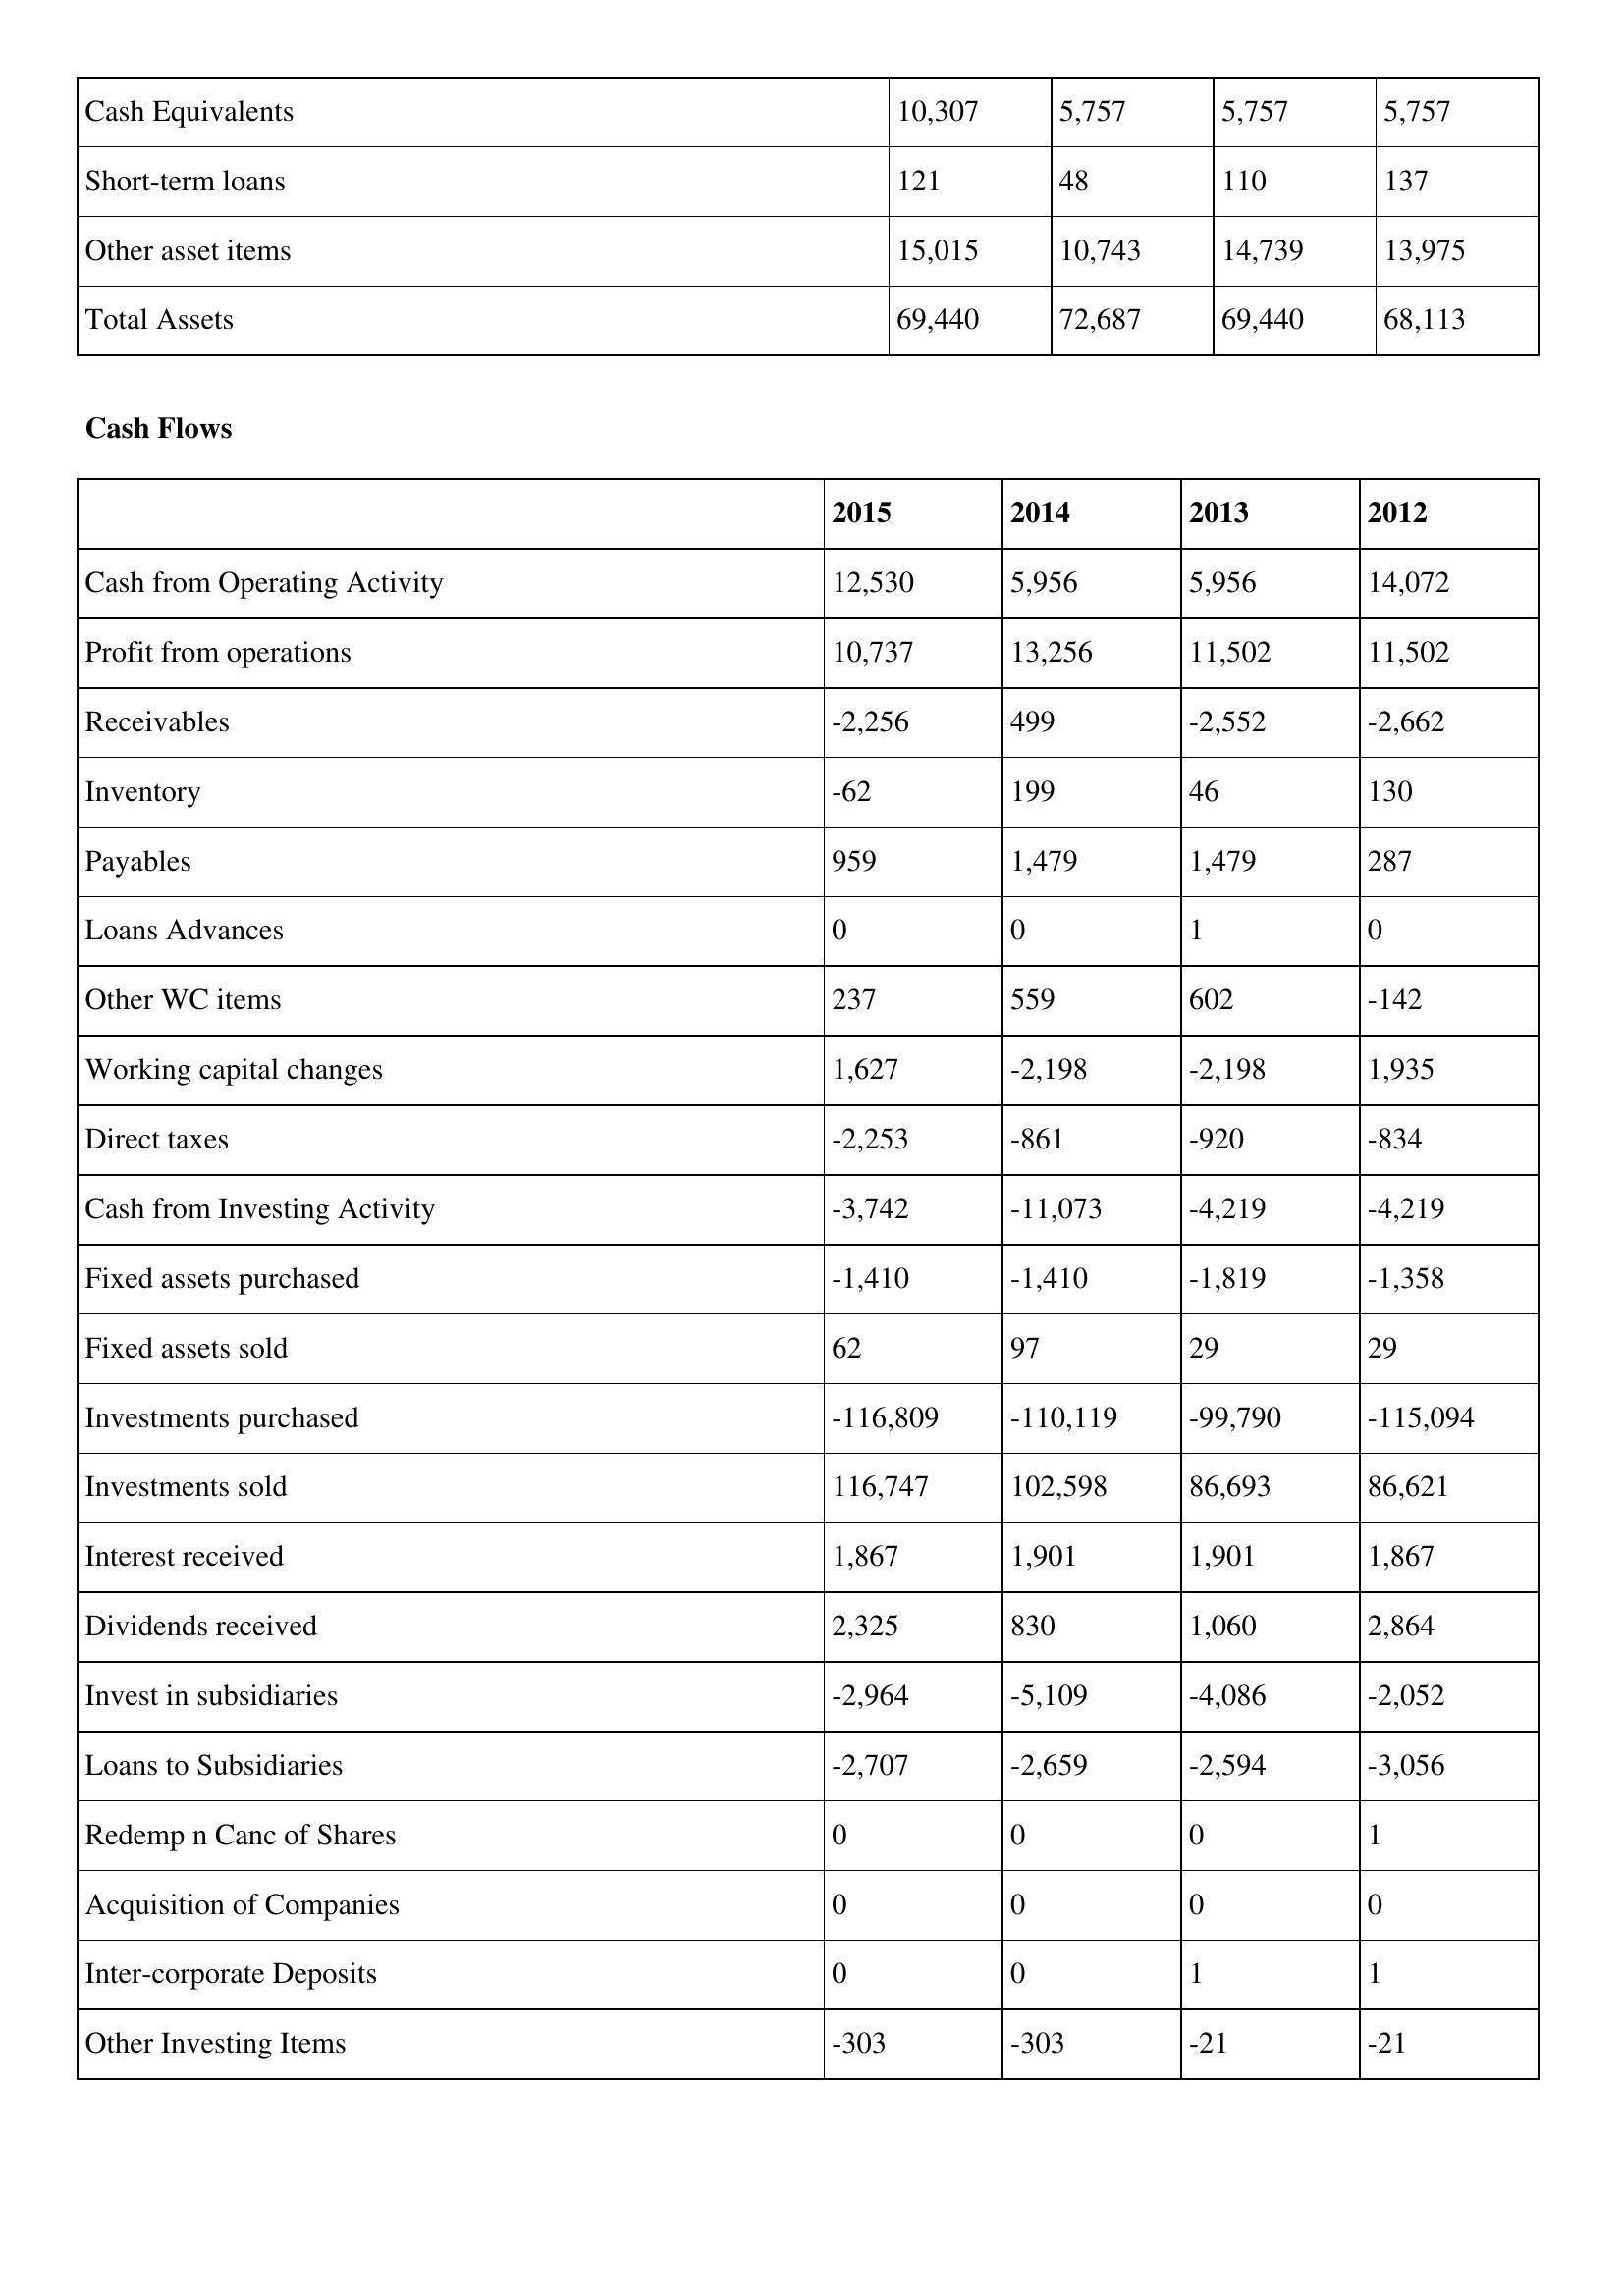
gt_parse: 2015: Balance Sheet: Cash Equivalents: 10,307
Short-term loans: 121
Other asset items: 15,015
Total Assets: 69,440
Cash Flows: Cash from Operating Activity: 12,530
Profit from operations: 10,737
Receivables: -2,256
Inventory: -62
Payables: 959
Loans Advances: 0
Other WC items: 237
Working capital changes: 1,627
Direct taxes: -2,253
Cash from Investing Activity: -3,742
Fixed assets purchased: -1,410
Fixed assets sold: 62
Investments purchased: -116,809
Investments sold: 116,747
Interest received: 1,867
Dividends received: 2,325
Invest in subsidiaries: -2,964
Loans to Subsidiaries: -2,707
Redemp n Canc of Shares: 0
Acquisition of Companies: 0
Inter-corporate Deposits: 0
Other Investing Items: -303
2014: Balance Sheet: Cash Equivalents: 5,757
Short-term loans: 48
Other asset items: 10,743
Total Assets: 72,687
Cash Flows: Cash from Operating Activity: 5,956
Profit from operations: 13,256
Receivables: 499
Inventory: 199
Payables: 1,479
Loans Advances: 0
Other WC items: 559
Working capital changes: -2,198
Direct taxes: -861
Cash from Investing Activity: -11,073
Fixed assets purchased: -1,410
Fixed assets sold: 97
Investments purchased: -110,119
Investments sold: 102,598
Interest received: 1,901
Dividends received: 830
Invest in subsidiaries: -5,109
Loans to Subsidiaries: -2,659
Redemp n Canc of Shares: 0
Acquisition of Companies: 0
Inter-corporate Deposits: 0
Other Investing Items: -303
2013: Balance Sheet: Cash Equivalents: 5,757
Short-term loans: 110
Other asset items: 14,739
Total Assets: 69,440
Cash Flows: Cash from Operating Activity: 5,956
Profit from operations: 11,502
Receivables: -2,552
Inventory: 46
Payables: 1,479
Loans Advances: 1
Other WC items: 602
Working capital changes: -2,198
Direct taxes: -920
Cash from Investing Activity: -4,219
Fixed assets purchased: -1,819
Fixed assets sold: 29
Investments purchased: -99,790
Investments sold: 86,693
Interest received: 1,901
Dividends received: 1,060
Invest in subsidiaries: -4,086
Loans to Subsidiaries: -2,594
Redemp n Canc of Shares: 0
Acquisition of Companies: 0
Inter-corporate Deposits: 1
Other Investing Items: -21
2012: Balance Sheet: Cash Equivalents: 5,757
Short-term loans: 137
Other asset items: 13,975
Total Assets: 68,113
Cash Flows: Cash from Operating Activity: 14,072
Profit from operations: 11,502
Receivables: -2,662
Inventory: 130
Payables: 287
Loans Advances: 0
Other WC items: -142
Working capital changes: 1,935
Direct taxes: -834
Cash from Investing Activity: -4,219
Fixed assets purchased: -1,358
Fixed assets sold: 29
Investments purchased: -115,094
Investments sold: 86,621
Interest received: 1,867
Dividends received: 2,864
Invest in subsidiaries: -2,052
Loans to Subsidiaries: -3,056
Redemp n Canc of Shares: 1
Acquisition of Companies: 0
Inter-corporate Deposits: 1
Other Investing Items: -21